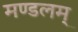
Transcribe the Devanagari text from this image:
मण्डलम्